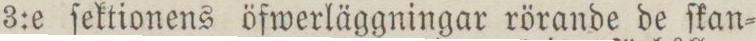
3:e ſektionens öfwerläggningar rörande de ſkan=